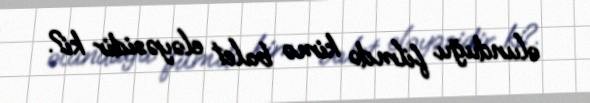
olunduğu filmdə kimə balet eləyəsidir ki?.